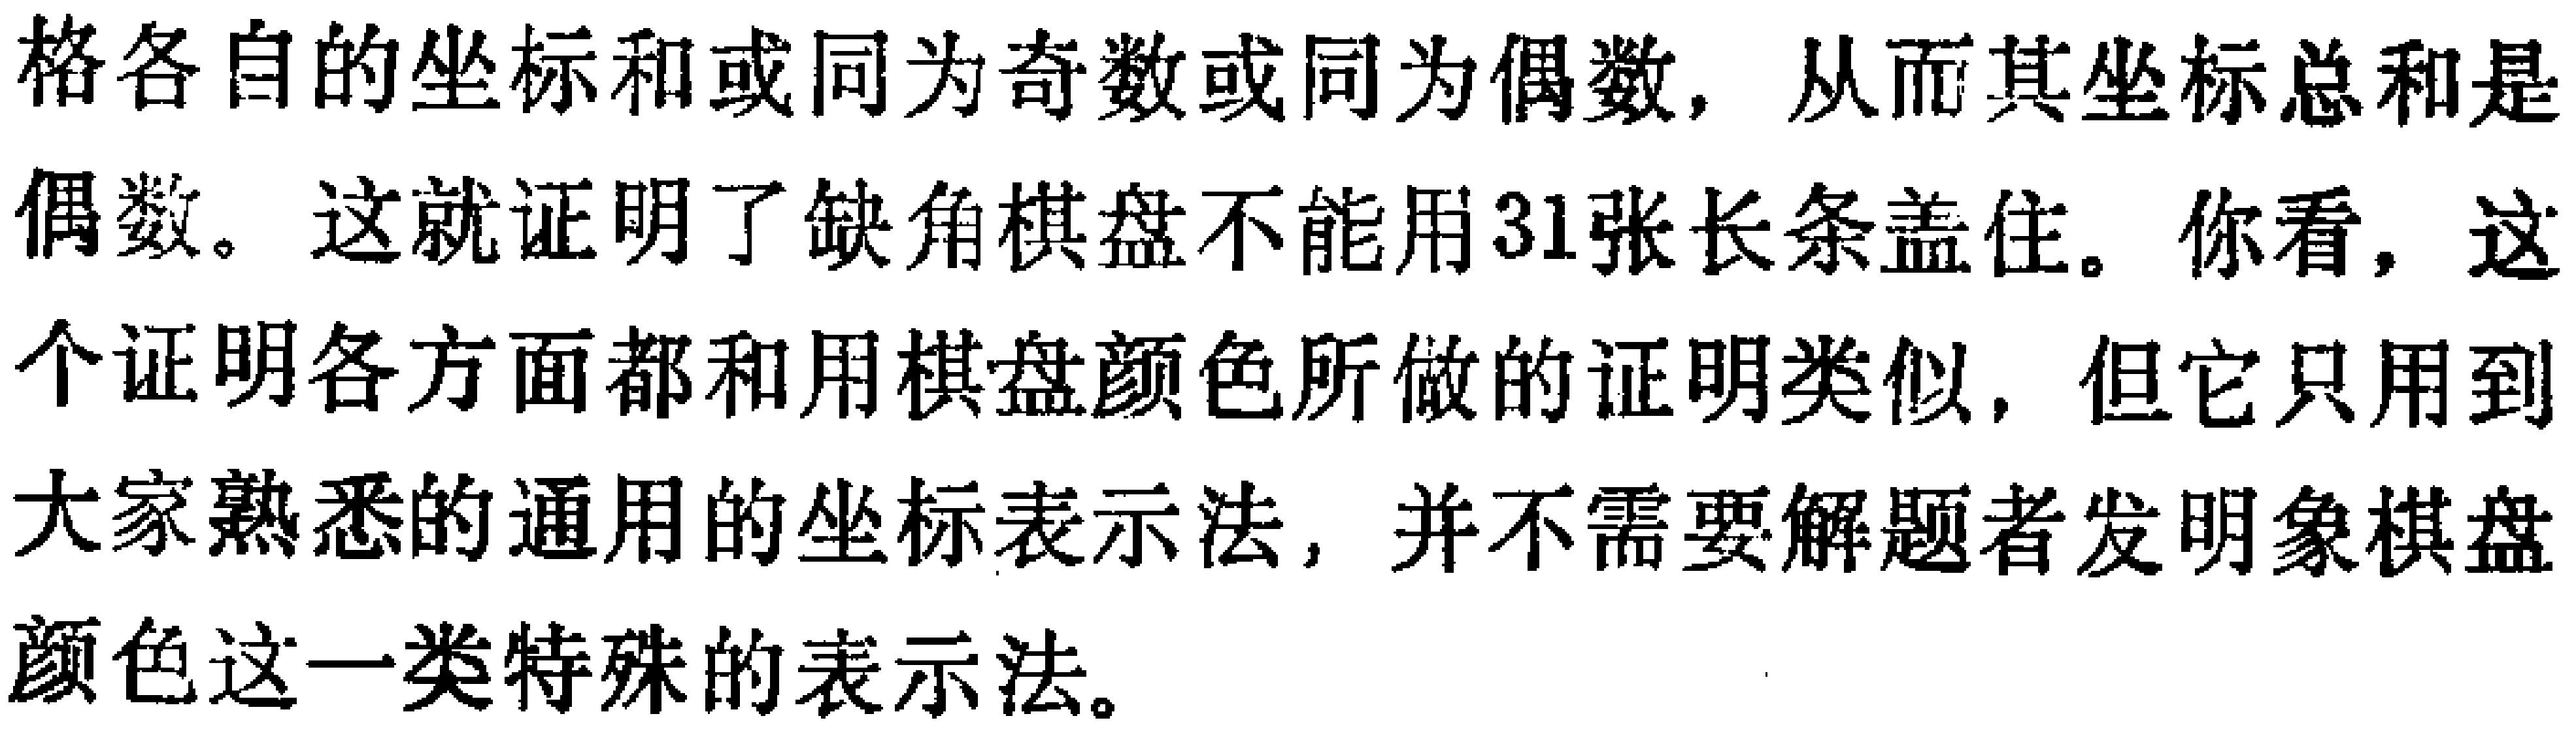
格各自的坐标和或同为奇数或同为偶数，从而其坐标总和是

偶数。这就证明了缺角棋盘不能用31张长条盖住。你看，这

个证明各方面都和用棋盘颜色所做的证明类似，但它只用到

大家熟悉的通用的坐标表示法，并不需要解题者发明象棋盘

颜色这一类特殊的表示法。